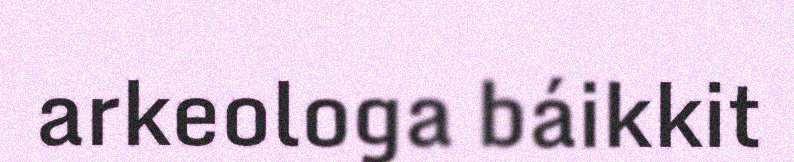
arkeologa báikkit